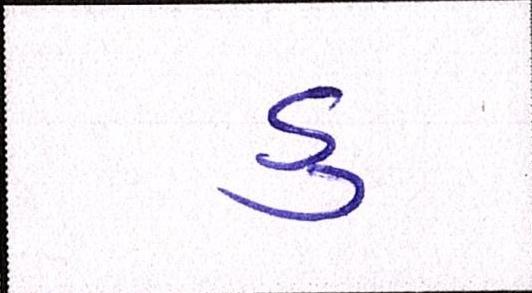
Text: ડુ